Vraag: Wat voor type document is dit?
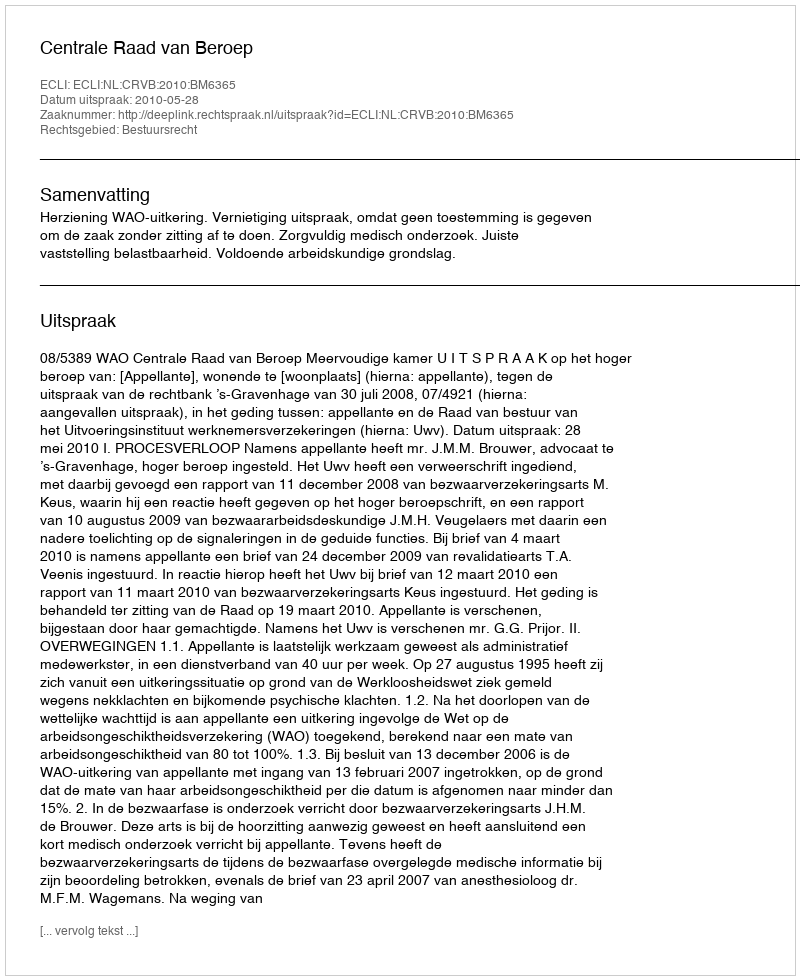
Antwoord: Uitspraak